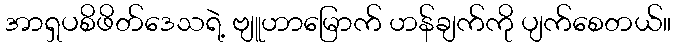
အာရှပစိဖိတ်ဒေသရဲ့ ဗျူဟာမြောက် ဟန်ချက်ကို ပျက်စေတယ်။